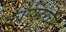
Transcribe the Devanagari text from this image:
काँप्युटरची